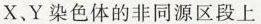
x.Y染色体的非同源区段上